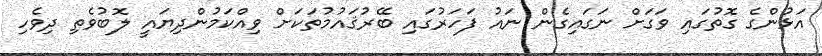
އަޅުންގެ ގޮތުގައި ވަގަށް ނަގައިގެން ނައު ފަހަރުގައި ބޭރުޤައުމުތަކަށް ވިއްކަމުންދިޔައީ ލޮބުވެތި ދިވެހި